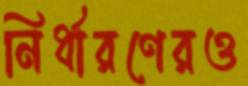
নির্ধারণেরও